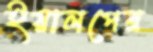
ইয়ালপের